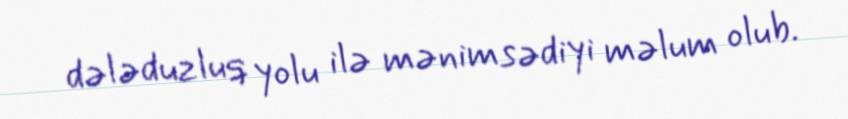
dələduzluq yolu ilə mənimsədiyi məlum olub.